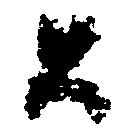
公